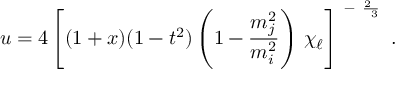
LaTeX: u = 4 \left[ ( 1 + x ) ( 1 - t ^ { 2 } ) \left( 1 - { \frac { m _ { j } ^ { 2 } } { m _ { i } ^ { 2 } } } \right) \, \chi _ { \ell } \right] ^ { \mathrm { \normalsize ~ - ~ { \frac { 2 ~ } { ~ 3 } } ~ } } .